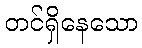
တင်ရှိနေသော